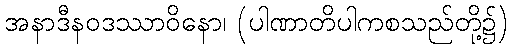
အနာဒီနဝဒဿာဝိနော၊ (ပါဏာတိပါကစသည်တို့၌)